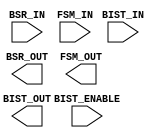
`timescale 1ns / 1ps
//////////////////////////////////////////////////////////////////////////////////
// Company: 
// Engineer: 
// 
// Design Name: 
// Module Name:    core_logic 
// Project Name: 
// Target Devices: 
// Tool versions: 
// Description: 
//
// Dependencies: 
//
// Revision: 
// Revision 0.01 - File Created
// Additional Comments: 
//
//////////////////////////////////////////////////////////////////////////////////
module core_logic(
    input [3:0] BSR_IN,
    input [3:0] BIST_IN,
    input [3:0] FSM_IN,
    output [3:0] BSR_OUT,
    output [3:0] BIST_OUT,
    output [3:0] FSM_OUT,
    input BIST_ENABLE
    );
	
	assign BSR_IN = BIST_ENABLE ? 4'bz : FSM_OUT;
	assign BIST_IN = BIST_ENABLE ? FSM_OUT : 4'bz;
	assign FSM_IN = BIST_ENABLE ? BIST_OUT : BSR_OUT;

endmodule